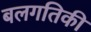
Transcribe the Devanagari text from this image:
बलगतिकी